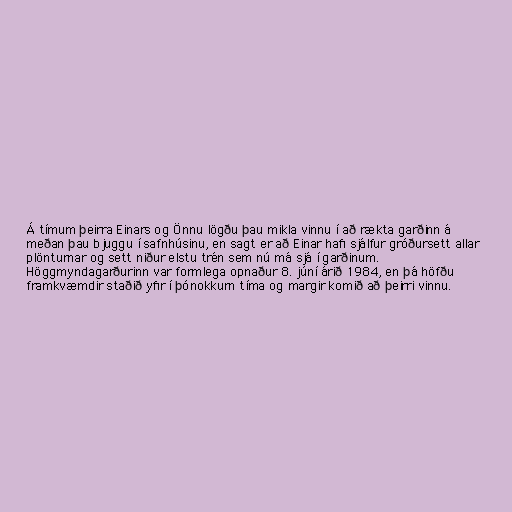
Á tímum þeirra Einars og Önnu lögðu þau mikla vinnu í að rækta garðinn á
meðan þau bjuggu í safnhúsinu, en sagt er að Einar hafi sjálfur gróðursett allar
plönturnar og sett niður elstu trén sem nú má sjá í garðinum.
Höggmyndagarðurinn var formlega opnaður 8. júní árið 1984, en þá höfðu
framkvæmdir staðið yfir í þónokkurn tíma og margir komið að þeirri vinnu.